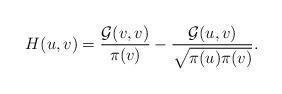
LaTeX: \begin{align*} H(u,v)=\frac{\mathcal{G}(v,v)}{\pi(v)}-\frac{\mathcal{G}(u,v)}{\sqrt{\pi(u)\pi(v)}}.\end{align*}